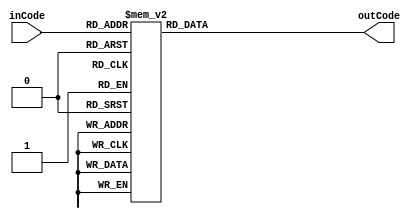
module segDisplay(
		input [3:0] inCode,
		output reg [6:0] outCode
    );
     
    always @(inCode)
    begin
        case (inCode)  
            4'd0 : outCode = 7'b0000001;
            4'd1 : outCode = 7'b1001111;
            4'd2 : outCode = 7'b0010010;
            4'd3 : outCode = 7'b0000110;
            4'd4 : outCode = 7'b1001100;
            4'd5 : outCode = 7'b0100100;
            4'd6 : outCode = 7'b0100000;
            4'd7 : outCode = 7'b0001111;
            4'd8 : outCode = 7'b0000000;
            4'd9 : outCode = 7'b0000100;
				// If we have time at the end make it say "ADD" when you wanna add
				4'd10 : outCode = 7'b0001000;
				4'd11 : outCode = 7'b1111111;
				4'd12 : outCode = 7'b0110001;
				4'd13 : outCode = 7'b0000001;
				4'd14 : outCode = 7'b0110000;
				4'd15 : outCode = 7'b0111000;
				
            default : outCode = 7'b1111111; 
        endcase
    end
    
endmodule